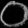
Digit: ၀